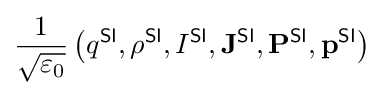
{\frac {1}{\sqrt {\varepsilon _{0}}}}\left(q^{\textsf {SI}},\rho ^{\textsf {SI}},I^{\textsf {SI}},\mathbf {J} ^{\textsf {SI}},\mathbf {P} ^{\textsf {SI}},\mathbf {p} ^{\textsf {SI}}\right)